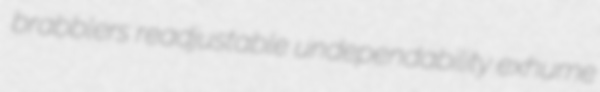
brabblers readjustable undependability exhume